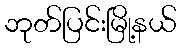
ဘုတ်ပြင်းမြို့နယ်